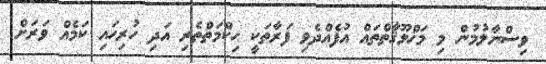
ވިސްނާލުމުން މި މަޚްލޫޤާތްތައް އުފެއްދެވި ފަރާތަކީ ޙިކްމަތްތެރި އަދި ހުރިހައި ކަމެއް ވަރަށް